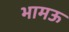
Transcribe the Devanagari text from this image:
भामऊ